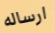
ارساله